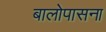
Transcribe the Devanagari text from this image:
बालोपासना